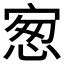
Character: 𰍋